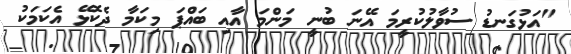
"އަޅުގަނޑު ސުވާލުކުރީމަ އޭނަ ބުނީ މަންމަ އާއި ބައްޕަ މިކަމާ ދެކޮޅޭ އެކަމަކު